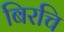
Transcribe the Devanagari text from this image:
बिरचि